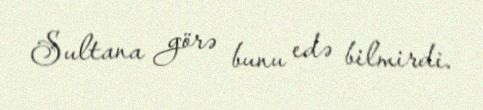
Sultana görə bunu edə bilmirdi.